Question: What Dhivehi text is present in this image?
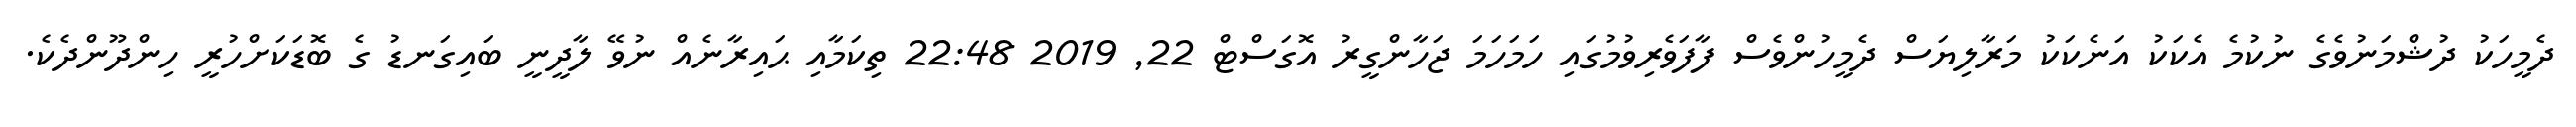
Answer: ދެމީހަކު ދުޝްމަނުވެގެ ނުކުމެ އެކަކު އަނެކަކު މަރާލިޔަސް ދެމީހުންވެސް ފާފަވެރިވުމުގައި ހަމަހަމަ ޖަހާންގީރު އޮގަސްޓް 22, 2019 22:48 ތިކަމާއި ޙައިރާނެއް ނުވޭ ލާދީނީ ބައިގަނޑު ގެ ބޮޑަކަށްހުރީ ހިންދޫންދެކެ.